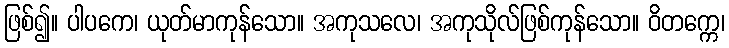
ဖြစ်၍။ ပါပကေ၊ ယုတ်မာကုန်သော။ အကုသလေ၊ အကုသိုလ်ဖြစ်ကုန်သော။ ဝိတက္ကေ၊